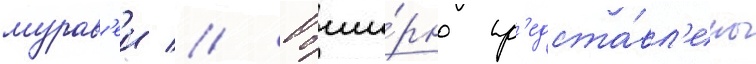
мурав'еи // Обши́рно пр'едста́вл'ены